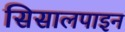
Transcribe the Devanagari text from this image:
सिसालपाइन